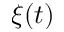
\xi ( t )